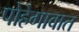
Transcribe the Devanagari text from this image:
पोहेगावात